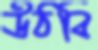
উঠবি